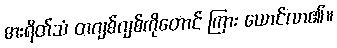
ဓားရိတ်သံ တဂျစ်ဂျစ်ကိုတောင် ကြား ယောင်လာ၏။